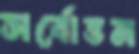
সর্বোত্তম